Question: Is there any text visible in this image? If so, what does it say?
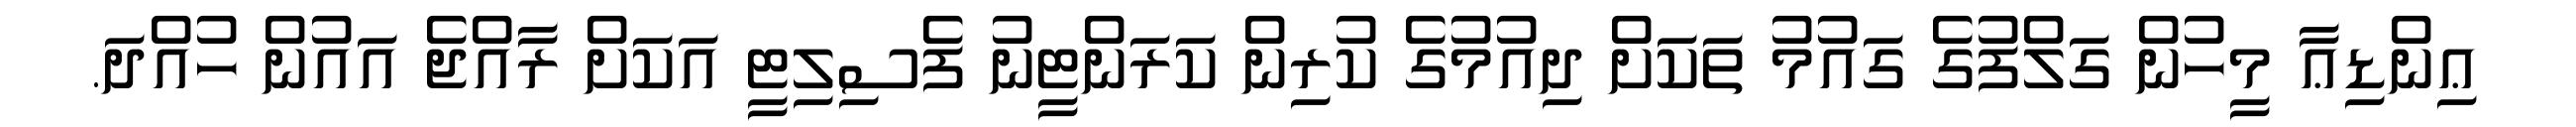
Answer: ޢިންޑިޢާ މީހުން ގަލްފުގެ ގައުމު ތަކަށް ދިއުމުގެ ކުރިން ކަރަންޓީނު ފެސިލިޓީ އަކަށް ރާއްޖެ އައުން ހުއްދަ.